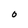
Character: 0